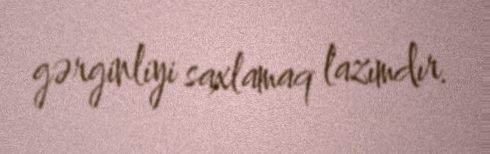
gərginliyi saxlamaq lazımdır.